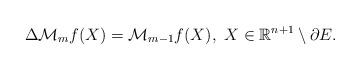
LaTeX: \begin{align*}\Delta \mathcal{M}_{m}f(X)=\mathcal{M}_{m-1}f(X),\,\, X\in\mathbb{R}^{n+1}\setminus\partial E.\end{align*}